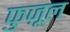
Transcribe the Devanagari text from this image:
फुज़ूल